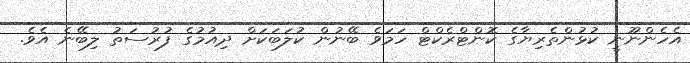
އެހެންނޫނީ ކުޅުންތެރިޔާގެ ކޮންޓްރެކްޓް ހަމަވެ ބޭނުން ކުލަބަކަށް ދިއުމުގެ ފުރުސަތު ލިބޭނެ އެވެ.